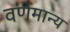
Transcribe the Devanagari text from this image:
वर्णमान्य